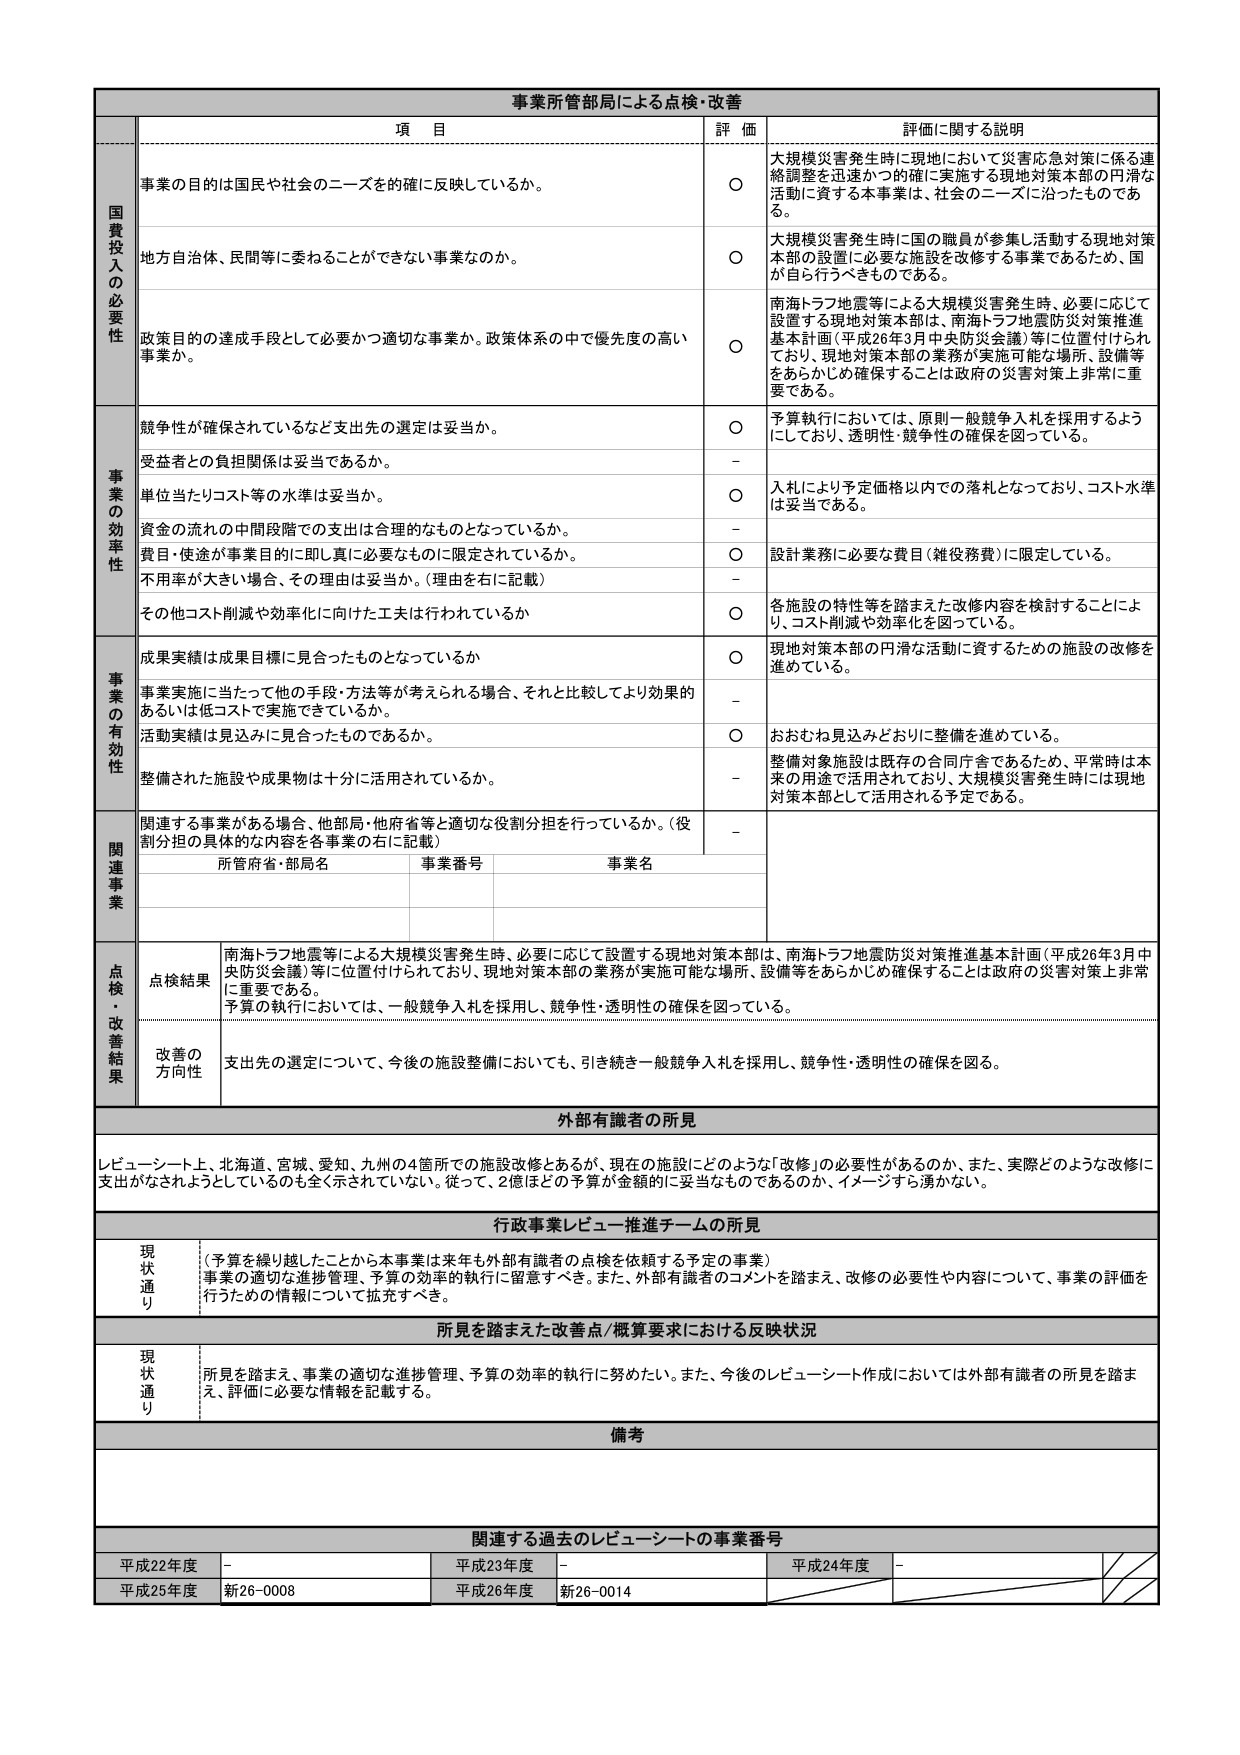
事業所管部局による点検・改善

項 目 評 価 評価に関する説明

国費投入の必要性
事業の目的は国民や社会のニーズを確に反映しているか。
○ 大規模災害発生時に現地において災害応急対策に係る連絡調整を迅速かつ的確に実施する現地対策本部の円滑な活動に資する本事業は、社会のニーズに沿ったものである。

地方自治体、民間等に委ねることができない事業なのか。
○ 大規模災害発生時に国の職員が参集し活動する現地対策本部の設置に必要な施設を改修する事業であるため、国が自ら行うべきものである。

政策目的の達成手段として必要かつ適切な事業か。政策体系の中で優先度の高い事業か。
○ 南海トラフ地震等による大規模災害発生時、必要に応じて設置する現地対策本部は、南海トラフ地震防災対策推進基本計画（平成26年3月中央防災会議）等に位置付けられており、現地対策本部の業務が実施可能な場所、設備等をあらかじめ確保することは政府の災害対策上非常に重要である。

事業の効率性
競争性が確保されているなど支出先の選定は妥当か。
○ 予算執行においては、原則一般競争入札を採用するようにしており、透明性・競争性の確保を図っている。

受益者との負担関係は妥当であるか。
－

単位当たりコスト等の水準は妥当か。
○ 入札により予定価格以内での落札となっており、コスト水準は妥当である。

資金の流れの中間段階での支出は合理的なものとなっているか。
－

費目・使途が事業目的に即し真に必要なものに限定されているか。
○ 設計業務に必要な費目（雑役務費）に限定している。

不用率が大きい場合、その理由は妥当か。（理由を右に記載）
－

その他コスト削減や効率化に向けた工夫は行われているか
○ 各施設の特性等を踏まえた改修内容を検討することにより、コスト削減や効率化を図っている。

事業の有効性
成果実績は成果目標に見合ったものとなっているか
○ 現地対策本部の円滑な活動に資するための施設の改修を進めている。

事業実施に当たって他の手段・方法等が考えられる場合、それと比較してより効果的あるいは低コストで実施できているか。
－

活動実績は見込みに見合ったものであるか。
○ おおむね見込みどおりに整備を進めている。

整備された施設や成果物は十分に活用されているか。
－ 整備対象施設は既存の合同庁舎であるため、平常時は本来の用途で活用されており、大規模災害発生時には現地対策本部として活用される予定である。

関連事業
関連する事業がある場合、他部局・他府省等と適切な役割分担を行っているか。（役割分担の具体的な内容は各事業の右に記載）
－
所管府省・部局名 事業番号 事業名

点検・改善結果
点検結果
南海トラフ地震等による大規模災害発生時、必要に応じて設置する現地対策本部は、南海トラフ地震防災対策推進基本計画（平成26年3月中央防災会議）等に位置付けられており、現地対策本部の業務が実施可能な場所、設備等をあらかじめ確保することは政府の災害対策上非常に重要である。
予算の執行においては、一般競争入札を採用し、競争性・透明性の確保を図っている。

改善の方向性
支出先の選定について、今後の施設整備においても、引き続き一般競争入札を採用し、競争性・透明性の確保を図る。

外部有識者の所見
レビュー・シート上、北海道、宮城、愛知、九州の4箇所での施設改修とあるが、現在の施設にどのような「改修」の必要性があるのか、また、実際どのような改修に支出がなされようとしているのも全く示されていない。従って、2億ほどの予算が金額的に妥当なものであるのか、イメージすら湧かない。

行政事業レビュー推進チームの所見
現状通り
（予算を繰り越したことから本事業は来年も外部有識者の点検を依頼する予定の事業）
事業の適切な進捗管理、予算の効率的執行に留意すべき。また、外部有識者のコメントを踏まえ、改修の必要性や内容について、事業の評価を行うための情報について拡充すべき。

所見を踏まえた改善点/概算要求における反映状況
現状通り
所見を踏まえ、事業の適切な進捗管理、予算の効率的執行に努めたい。また、今後のレビュー・シート作成においては外部有識者の所見を踏まえ、評価に必要な情報を記載する。

備考

関連する過去のレビュー・シートの事業番号
平成22年度 － 平成23年度 － 平成24年度 －
平成25年度 新26-0008 平成26年度 新26-0014